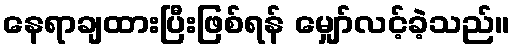
နေရာချထားပြီးဖြစ်ရန် မျှော်လင့်ခဲ့သည်။